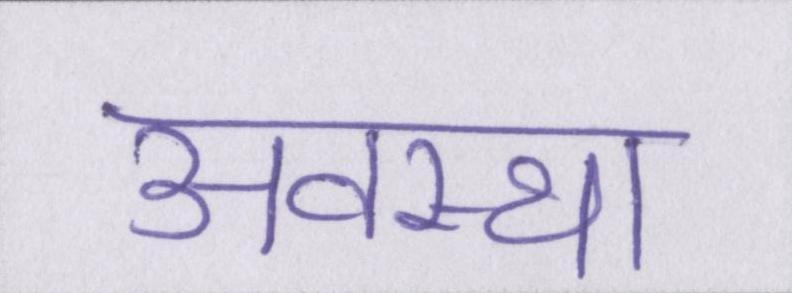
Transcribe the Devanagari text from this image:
अवस्था